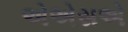
એએસએ